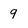
Character: 9